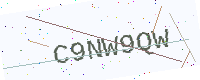
Text: C9NW9QW